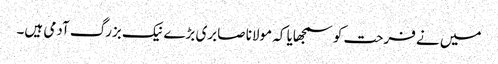
میں نے فرحت کو سمجھایا کہ مولانا صابری بڑے نیک بزرگ آدمی ہیں۔